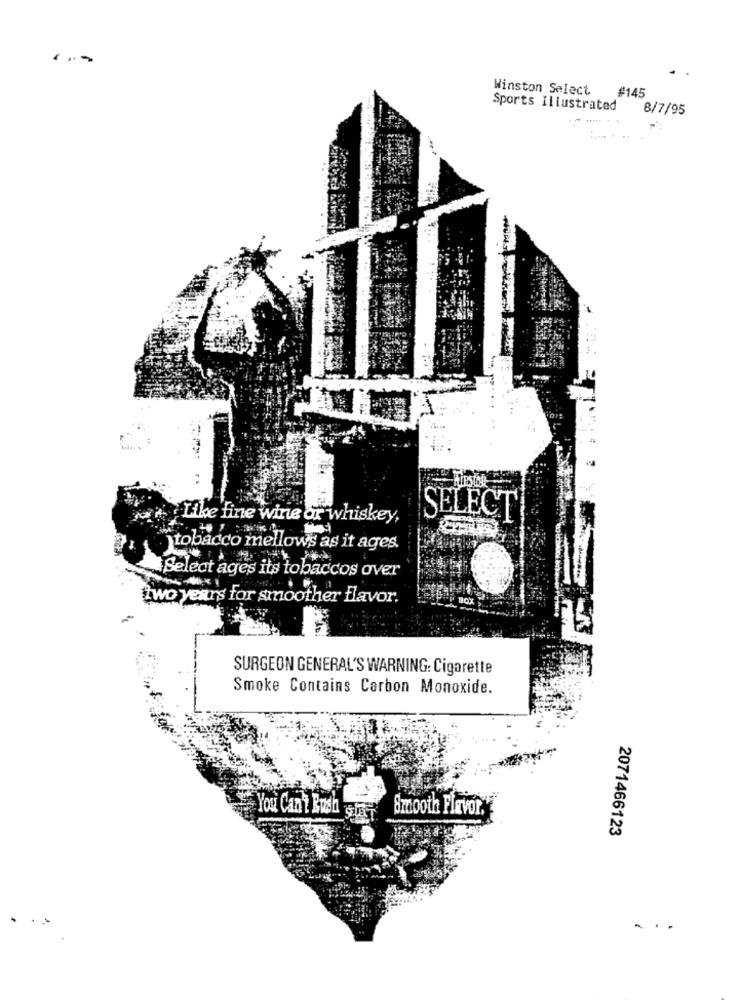
...
Winston Select #145
Sports Illustrated
8/7/95
..
Like fine wine or whiskey,
SELECT
tobacco mellows as it ages.
Select ages its tobaccos over
two years for smoother flavor.
SURGEON GENERAL'S WARNING: Cigarette
Smoke Contains Carbon Monoxide.
Smooth Flavor.
You Can't Bush Star
2071466123